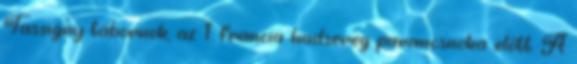
Tassigny tábornok, az 1. francia hadsereg parancsnoka elõtt. A